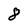
Character: 8